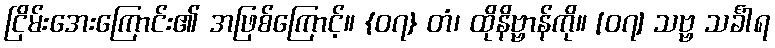
ငြိမ်းအေးကြောင်း၏ အဖြစ်ကြောင့်။ {၀၇} တံ၊ ထိုနိဗ္ဗာန်ကို။ [၀၇] သဗ္ဗ သင်္ခါရ